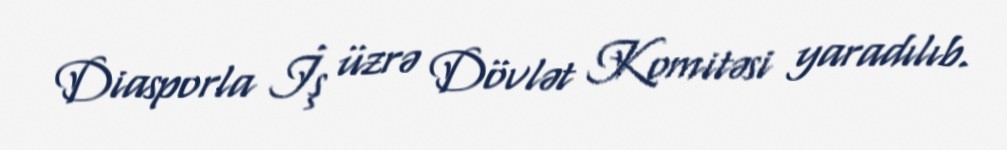
Diasporla İş üzrə Dövlət Komitəsi yaradılıb.